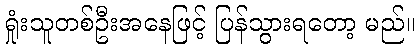
ရှုံးသူတစ်ဦးအနေဖြင့် ပြန်သွားရတော့ မည်။